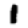
Digit: 1